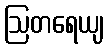
ဩတရေယျ